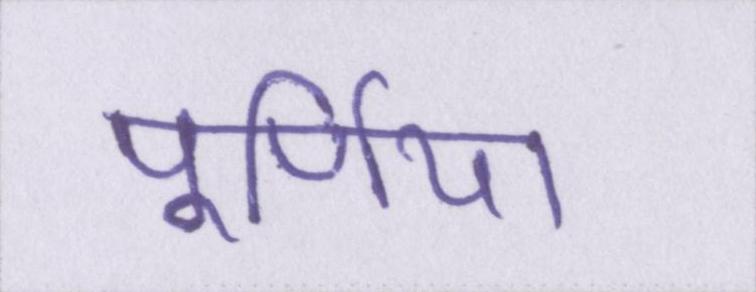
पूर्णिया